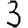
Digit: 3